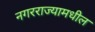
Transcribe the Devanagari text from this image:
नगरराज्यामधील